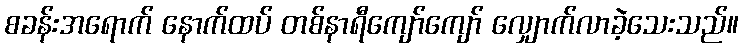
စခန်းအရောက် နောက်ထပ် တစ်နာရီကျော်ကျော် လျှောက်လာခဲ့သေးသည်။